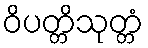
ဝိပတ္တိသုတ္တံ